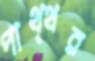
পাথ্থর